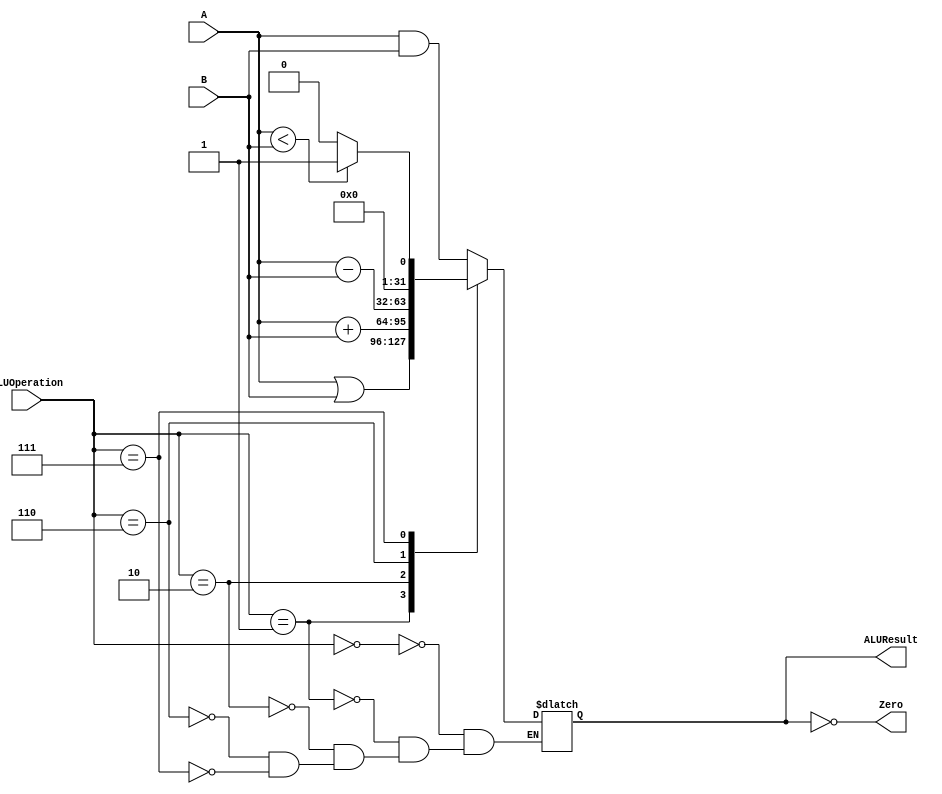
`timescale 1ns/1ns

module ALU(A, B, ALUOperation, Zero, ALUResult);
  input [31:0] A, B;
  input [2:0] ALUOperation;
  output [31:0] ALUResult;
  reg [31:0] ALUResult;
  output Zero;
  assign Zero = (ALUResult == 32'd0);
  always @(ALUOperation, A, B)begin
    case(ALUOperation)
        3'b000 : ALUResult = A & B;
        3'b001 : ALUResult = A | B;
        3'b010 : ALUResult = A + B;
        3'b110 : ALUResult = A - B;
        3'b111 : ALUResult = A < B ? 32'd1 : 32'd0;
    endcase
  end
endmodule

module SignExtend (in, out);
  input [15:0] in;
  output [31:0] out;
  assign out[15:0] = in[15:0];
  assign out[31:16] = in[15];
endmodule

module Multiplexer2to1 #(parameter N = 2)(A, B, sel, out);
  input [N-1:0] A, B;
  input sel;
  output [N-1:0] out;
  assign out = sel ? B : A;
endmodule

module Multiplexer3to1 #(parameter N = 2)(A, B, C, sel, out);
  input [N-1:0] A, B, C;
  input [1:0] sel;
  output [N-1:0] out;
  reg [N-1:0] out;
  always @(A, B, C, sel)begin
    case(sel)
      2'b00: out = A;
      2'b01: out = B;
      2'b10: out = C;
    endcase
  end
endmodule

module ShiftLeft32(in, out);
  input [31:0] in;
  output [31:0] out;
  assign out = {in[29:0],2'b00};
endmodule


module ShiftLeft26(in, out);
  input [25:0] in;
  output [27:0] out;
  assign out = {in[25:0],2'b00};
endmodule


module DataMemory(Address, WriteData, MemWrite, MemRead, clk, ReadData);
  input [31:0] Address, WriteData;
  input MemWrite, MemRead, clk;
  output [31:0] ReadData;
  reg [31:0] memory [0:2048];
  always @(posedge clk)begin
    if(MemWrite)
      memory[Address] <= WriteData;
  end
  initial begin
    $readmemb("array.txt",memory);
  end
  assign ReadData = MemRead ? memory[Address] : 32'd0;
endmodule

module RegisterFile(ReadRegister1, ReadRegister2, WriteRegister, WriteData, RegWrite, clk, ReadData1, ReadData2);
  input [4:0] ReadRegister1, ReadRegister2, WriteRegister;
  input [31:0] WriteData;
  input RegWrite, clk;
  output [31:0]  ReadData1, ReadData2;
  reg [31:0] registers [0:31];
  initial begin
    registers[0] = 32'd0;
  end
  assign ReadData1 = (ReadRegister1 == 5'd0) ? 32'd0 : registers[ReadRegister1];
  assign ReadData2 = (ReadRegister2 == 5'd0) ? 32'd0 : registers[ReadRegister2];
  always @(posedge clk)begin
    if(RegWrite)
      registers[WriteRegister] <= WriteData;
    end
endmodule

module Adder(A, B, out);
  input [31:0] A, B;
  output [31:0] out;
  assign out = A + B;
endmodule

module InstructionMemory(Address, instruction);
  input [31:0] Address;
  output [31:0] instruction;
  reg [31:0] memory [0:2047];  
  initial begin
    $readmemb("instructions.txt",memory);
  end
  assign instruction = memory[Address];
endmodule

module PC(pc, clk, rst, next_pc);
  input [31:0] pc;
  input clk, rst;
  output [31:0] next_pc;
  reg [31:0] next_pc;
  always @(posedge clk, posedge rst)begin
    if(rst)
      next_pc <= 32'd0;
    else
      next_pc <= pc;
  end
endmodule
  
module datapath(clk, rst, RegDst, RegWrite, ALUSrc, ALUOperation, MemRead, MemWrite, JalReg, JalWrite, MemtoReg, PCSrc, Jump, Zero, OPC, func);
  input clk, rst, RegDst, RegWrite, ALUSrc, MemRead, MemWrite, JalReg, JalWrite, MemtoReg, PCSrc;
  input [1:0] Jump;
  input [2:0] ALUOperation;
  output [5:0] OPC, func;
  output Zero;
  wire [31:0] PCIn, PCOut, inst, SEOut, SHL32Out, adder1Out, adder2Out, ReadData1, ReadData2, ALUResult, ReadData;
  wire [4:0] mux1Out, mux2Out;
  wire [31:0] mux3Out, mux4Out, mux6Out, mux7Out;
  wire [27:0] shl26out;
  assign OPC = inst[31:26];
  assign func = inst[5:0];
  
  PC pc(PCIn, clk, rst, PCOut);
  InstructionMemory IM(PCOut, inst);
  Multiplexer2to1 #(5) mux1(inst[20:16], inst[15:11], RegDst, mux1Out);
  Multiplexer2to1 #(5) mux2(mux1Out, 5'd31, JalReg, mux2Out);
  Multiplexer2to1 #(32) mux3(mux7Out, adder1Out, JalWrite, mux3Out);
  RegisterFile RF(inst[25:21], inst[20:16], mux2Out, mux3Out, RegWrite, clk, ReadData1, ReadData2);
  SignExtend SE(inst[15:0], SEOut);
  ShiftLeft32 SHL32(SEOut, SHL32Out);
  ShiftLeft26 SHL26(inst[25:0], shl26out);
  Adder adder1(32'd4, PCOut, adder1Out);
  Adder adder2(SHL32Out, adder1Out, adder2Out);
  Multiplexer2to1 #(32) mux4(adder1Out, adder2Out, PCSrc, mux4Out);
  Multiplexer3to1 #(32) mux5(mux4Out,{adder1Out[31:28], shl26out}, ReadData1, Jump,PCIn);
  Multiplexer2to1 #(32) mux6(ReadData2, SEOut, ALUSrc, mux6Out);
  ALU alu(ReadData1, mux6Out, ALUOperation, Zero, ALUResult);
  DataMemory DM(ALUResult, ReadData2, MemWrite, MemRead, clk, ReadData);
  Multiplexer2to1 #(32) mux7(ALUResult, ReadData, MemtoReg, mux7Out);
  
endmodule